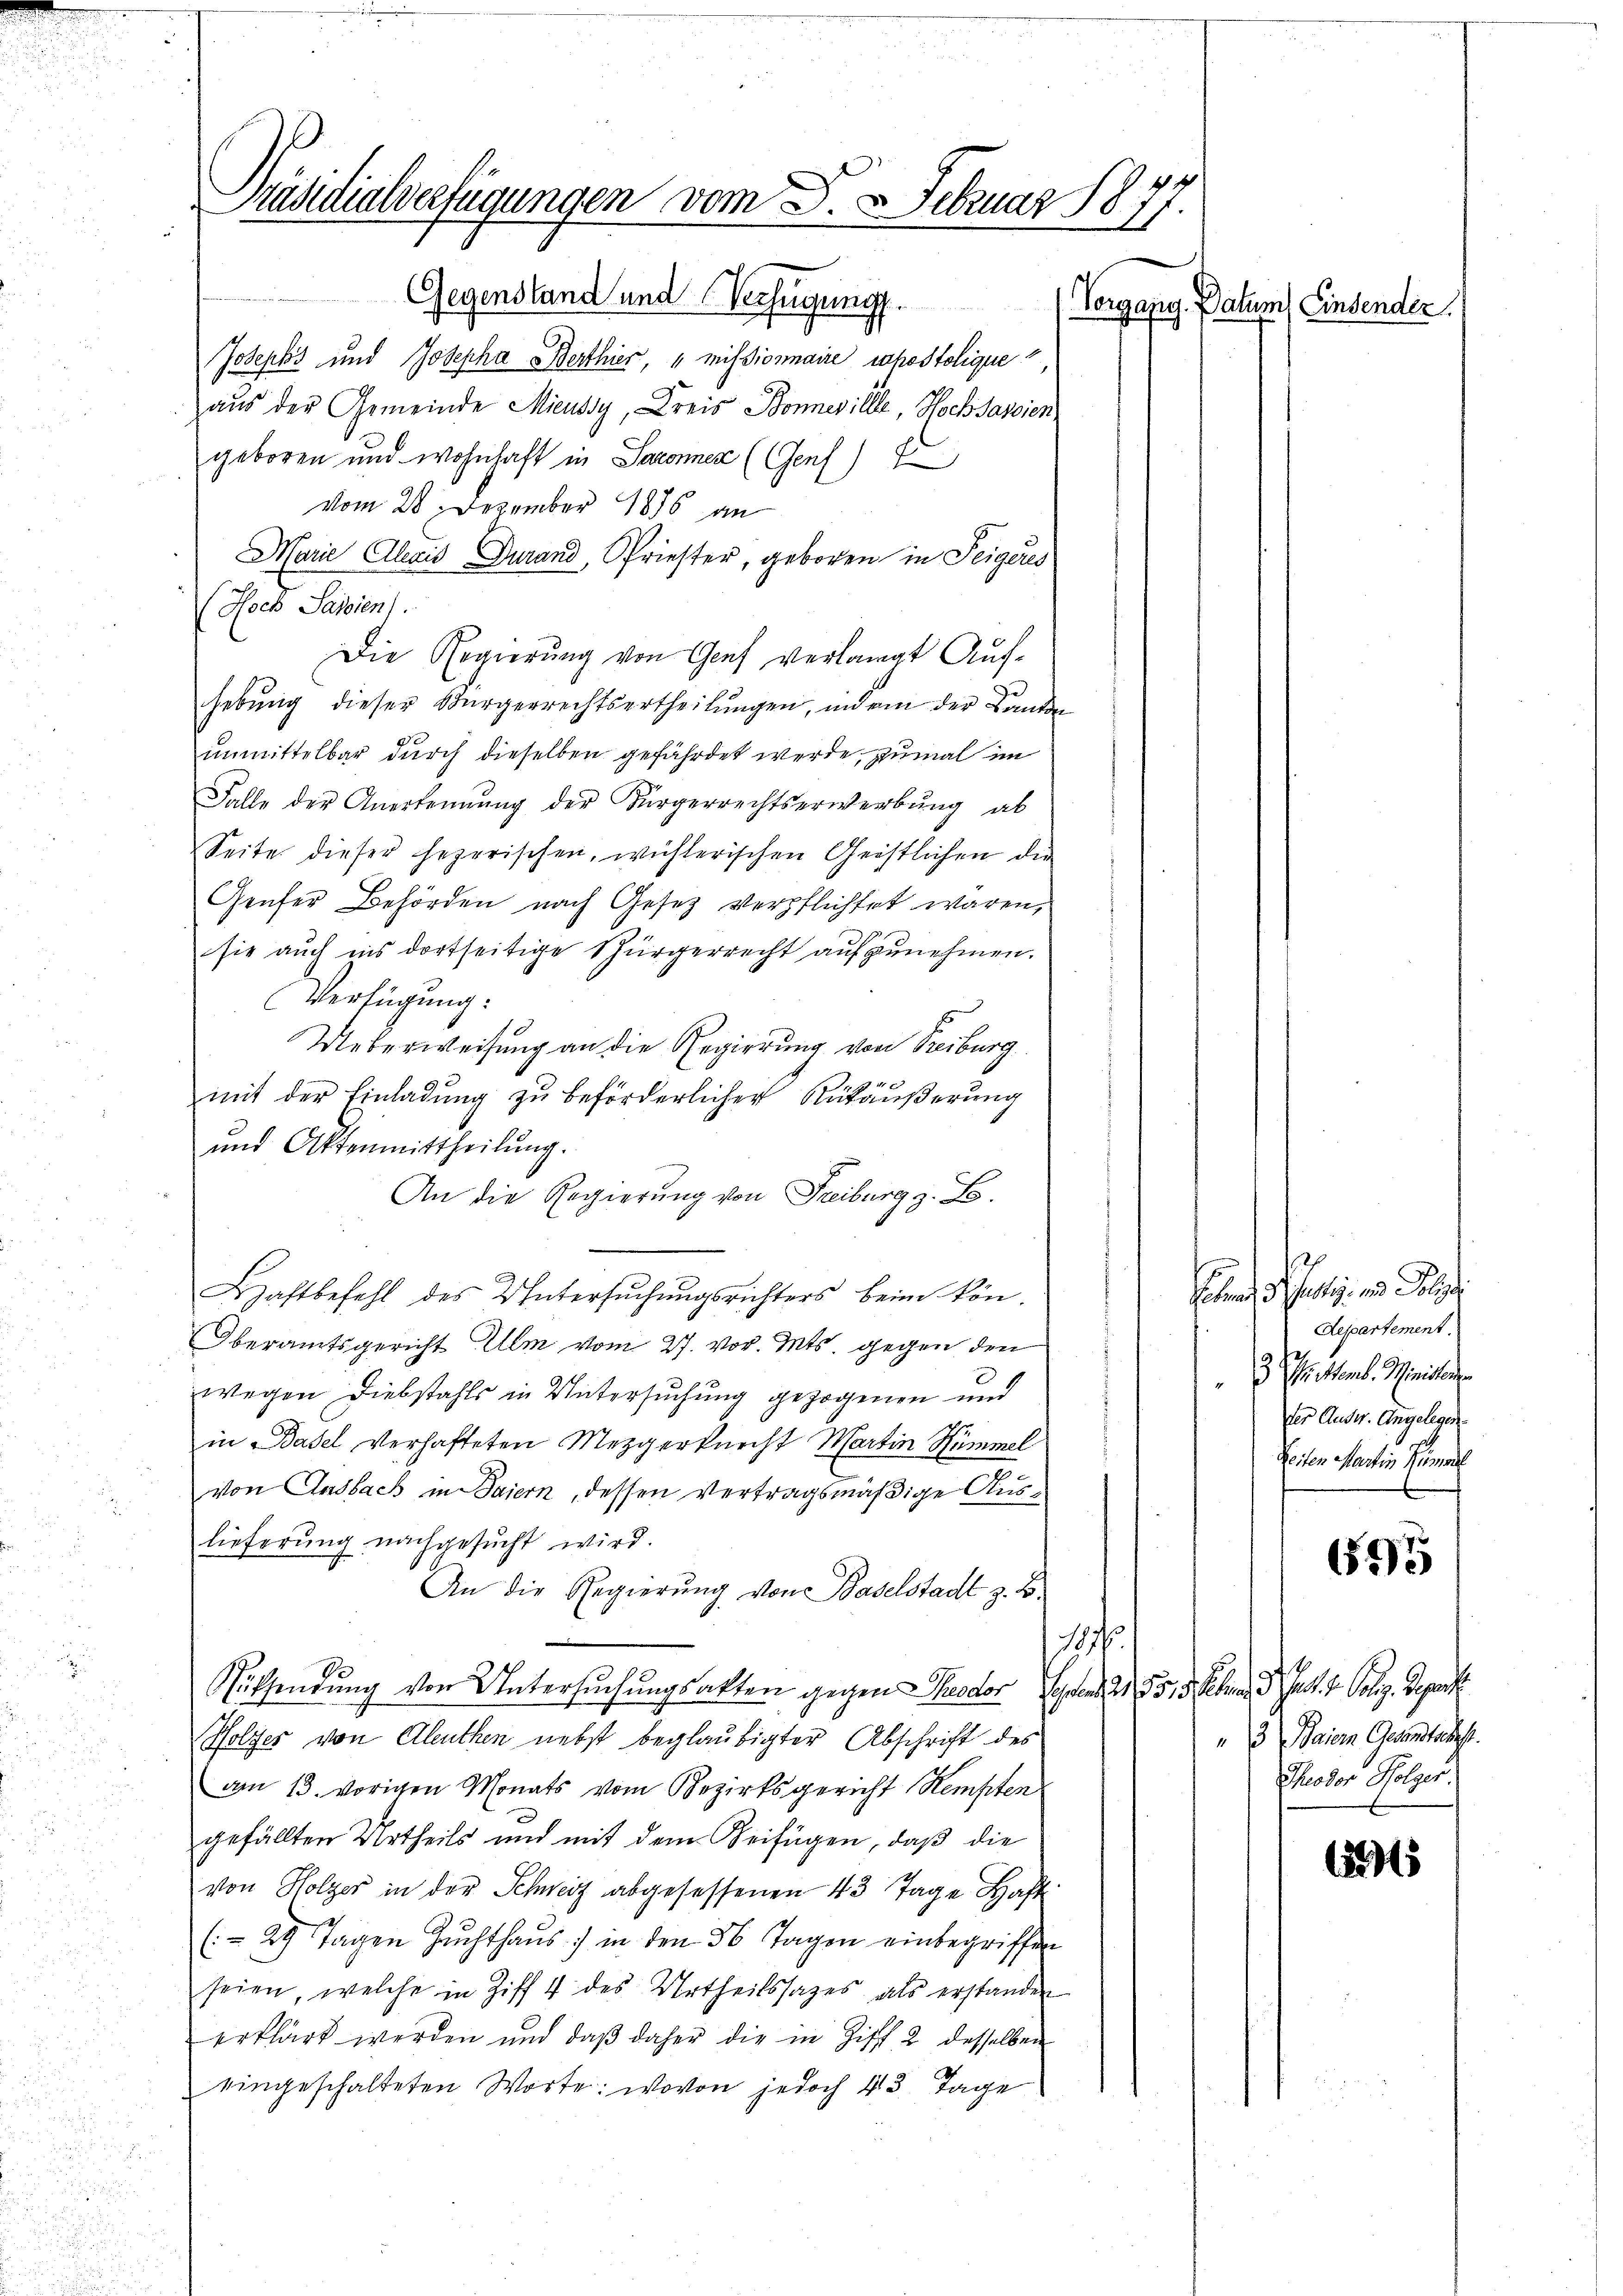
Präsidialverfügungen vom 3. Februar 18
.
Gegenstand und Verfügung.
Vorgang. Datum Einsender

Josephs und Josepha Berthier, " missionnaire rapostolique
aus der Gemeinde Mieussy, Kreis Bonnevillle, Hoch sassien
geboren und wohnhaft in Saconnen (Genf)
vom 28. Dezember 1896 an
Marie Alexis Durand, Priester, geboren in Feigeres
(Noch Salien).
Die Regierung von Genf verlangt Auf-
hebung dieser Bürgerrechtsertheilungen, indem der Lande
unmittelbar durch dieselben gefährdet werde, zumal im
Falle der Anerkennung der Bürgerrechtserwerbŭng ab
Seite dieser hezerischen, wichlerischen Geistlichen die
Genfer Behörden nach Gesetz verpflichtet waren,
sie auch ins dortseitige Sürgerrecht aufzunehmen.
Verfügung:
Ueberweisung an die Regierung von Freiburg
mit der Einladung zu beförderlicher Rükäußerung
und Aktenmittheilŭng.
An die Regierung von Freiburg z. B.
Haftbefehl des Untersŭchŭngsrichters beim kön¬
Oberamtsgericht Ulm vom 27. vor. Mts. gegen den
wegen Diebstahls in Untersuchung gezogenen und
in Basel verhafteten Mezgerknecht Martin Himmel
von Ansbach in Saiern, dessen vertragsmäßige Auslieferung nachgesŭcht wird.
An die Regierung von Baselstadt z. B.
1076.
Sutsendung von Untersuchungsakten gegen Theodor an der Polen d. J. J. Poliz. Gegens
Holzes von Aleuthen nebst beglaubigter Abschrift des
am 13. vorigen Monats vom Bezirksgericht Kempten
gefällten Urtheils und mit dem Beifügen, daß die
von Holzer in der Schweiz abgesessenen 43 Tage Haft
(: 29 Tagen Zŭchthaŭs :/ in den 36 Tagen einbegriffen
seien, welche in Ziff. 4 des Urtheilssages als erstanden
erklärt werden und daß daher die in Ziff. 2 desselben
eingeschalteten Worte: wovon jedoch 43. Tage

t v.
Departement.
 Mittemb. Ministen
der Ausw. Angelegen
Reiten Martin Rümel

6

3 Baiern Gesandtschaft.
Theodor Holzer.

1515